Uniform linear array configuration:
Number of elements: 24
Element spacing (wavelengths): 0.25
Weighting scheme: cosine
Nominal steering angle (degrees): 45
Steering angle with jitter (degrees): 45.326
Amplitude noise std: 0.05
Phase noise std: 0.05

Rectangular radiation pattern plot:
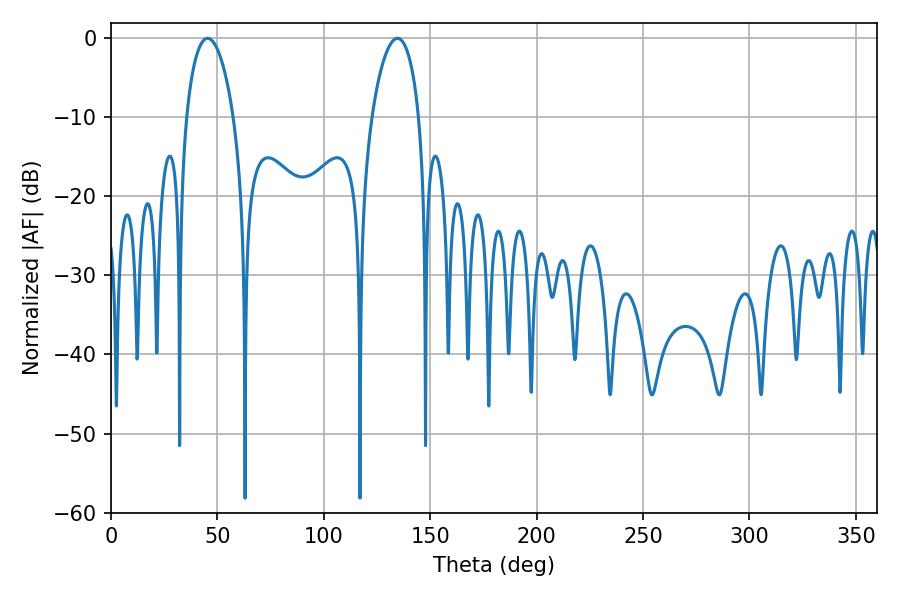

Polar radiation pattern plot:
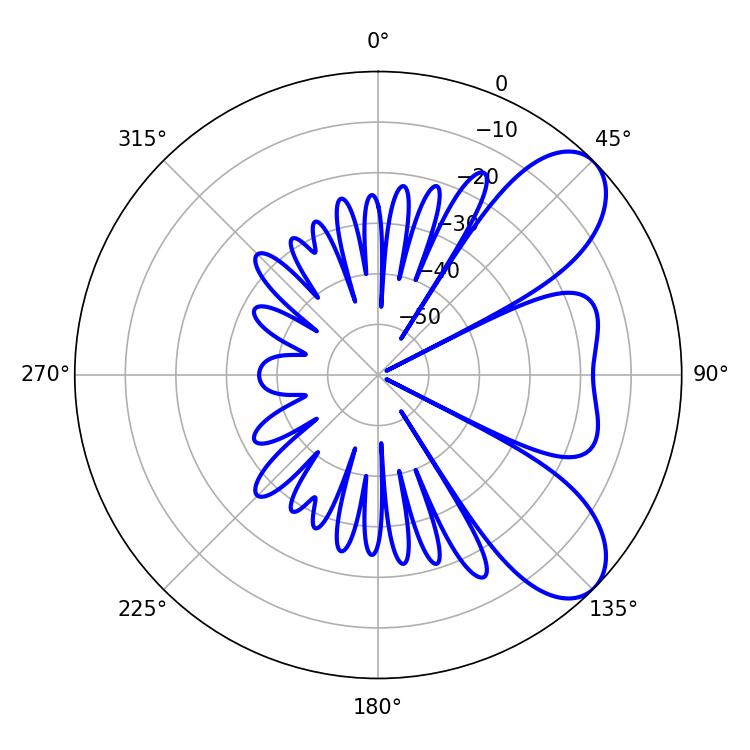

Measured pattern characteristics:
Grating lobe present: FALSE
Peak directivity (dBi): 7.563
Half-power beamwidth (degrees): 12.6
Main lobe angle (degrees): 45.36